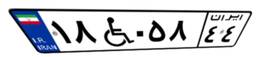
۱۸W۰۵۸۴۴